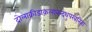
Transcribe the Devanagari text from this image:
दोलाक्रीडाकलानन्दथुपरवनिता